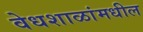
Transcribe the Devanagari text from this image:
वेधशाळांमधील